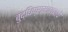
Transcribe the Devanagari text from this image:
बुद्धिप्रामाण्याचे